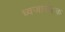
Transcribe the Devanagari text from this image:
ध्वजारोहक